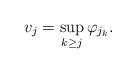
LaTeX: \begin{align*}v_{j} = \sup_{k\geq j} \varphi_{j_{k}}.\end{align*}